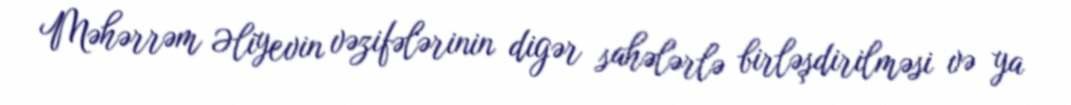
Məhərrəm Əliyevin vəzifələrinin digər sahələrlə birləşdirilməsi və ya